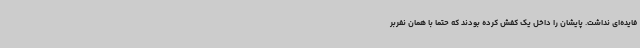
فایده‌ای نداشت. پایشان را داخل یک کفش کرده بودند که حتما با همان نفربر